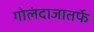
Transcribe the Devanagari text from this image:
गोलंदाजातर्फे